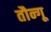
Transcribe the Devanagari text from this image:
तौन्गू